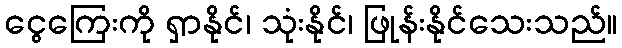
ငွေကြေးကို ရှာနိုင်၊ သုံးနိုင်၊ ဖြုန်းနိုင်သေးသည်။